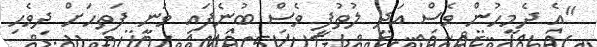
"އެ ދެމީހުން ވެސް އަދި ލުތުފީ ވެސް ބުނެފައި ވަނީ ފަތިހަށް ދިވެހި